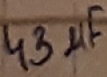
Text: 43µF